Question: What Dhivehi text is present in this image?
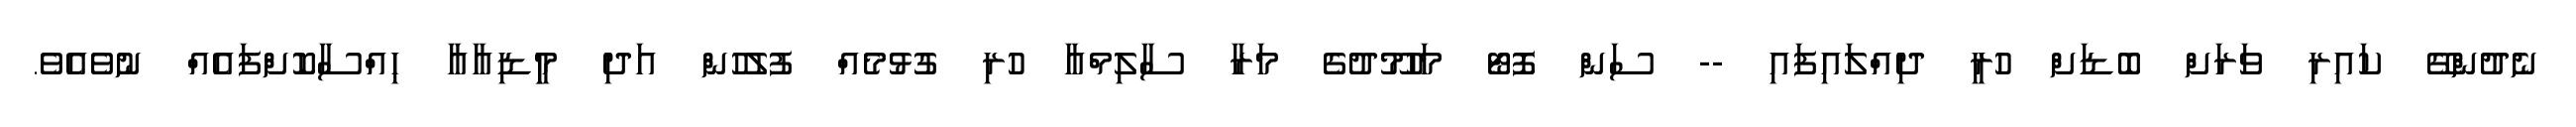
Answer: ނެދުންގޭ ކައިރި ވަރަށް ބޮޑަށް ހުރީ ދިއްލައިފައި -- ސަން ފޮޓޯ މަހުމޫދުގެ މަރާ ސާލިމްއާ ހުރި ގުޅުމެއް ފުލުހުން އަދި މީިޑިއާއާ ހިއްސާކޮށްފައެއް ނުވެއެވެ.